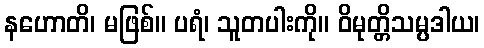
နဟောတိ၊ မဖြစ်။ ပရံ၊ သူတပါးကို။ ဝိမုတ္တိသမ္ပဒါယ၊